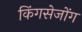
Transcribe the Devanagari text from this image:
किंगसेजोंग